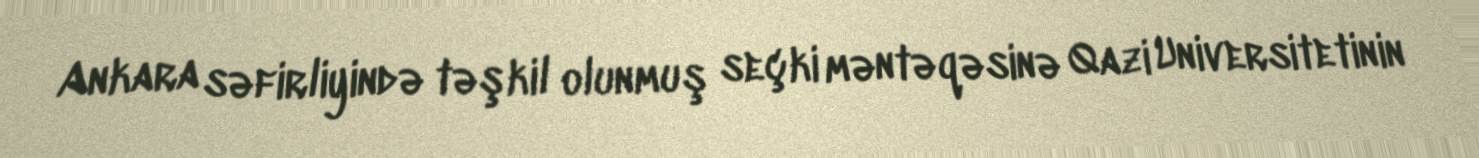
Ankara səfirliyində təşkil olunmuş seçki məntəqəsinə Qazi Universitetinin